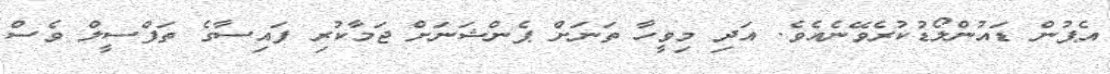
އެޕުން ޑައުންލޯޑުކުރެވޭނެއެވެ. އަދި މިވީހާ ތަނަށް ޕެންޝަނަށް ޖަމާކުރި ފައިސާގެ ތަފްސީލް ވެސް